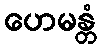
ဟေမန္တံ